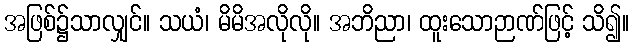
အဖြစ်၌သာလျှင်။ သယံ၊ မိမိအလိုလို။ အဘိညာ၊ ထူးသောဉာဏ်ဖြင့် သိ၍။